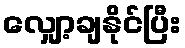
လျှော့ချနိုင်ပြီး